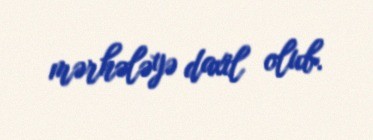
mərhələyə daxil olub.